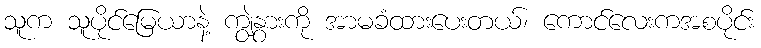
သူက သူပိုင်မြေယာနဲ့ ကျွဲနွားကို အာမခံထားပေးတယ်၊ ကောင်လေးကအစပိုင်း